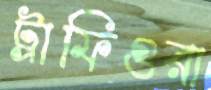
ট্রাফিগুরা